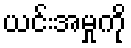
ယင်းအမှုကို